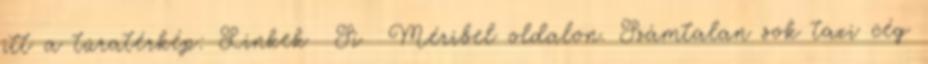
itt a túratérkép: Linkek Sí Méribel oldalon. Számtalan sok taxi cég